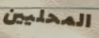
المحليين